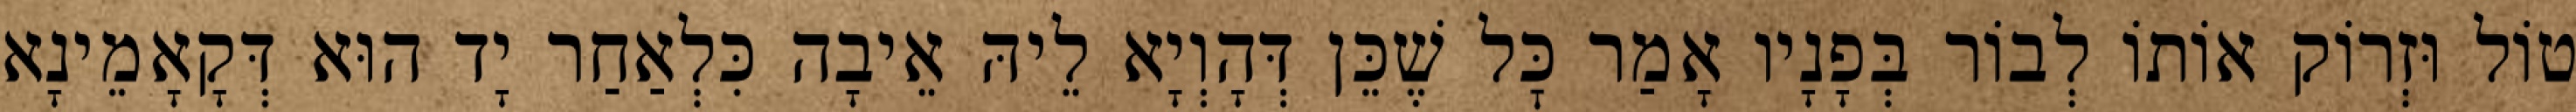
טוֹל וּזְרוֹק אוֹתוֹ לְבוֹר בְּפָנָיו אָמַר כׇּל שֶׁכֵּן דְּהָוְיָא לֵיהּ אֵיבָה כִּלְאַחַר יָד הוּא דְּקָאָמֵינָא